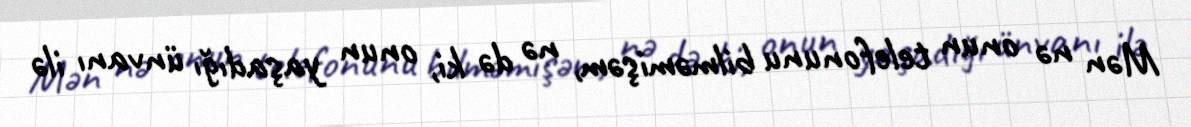
Mən nə onun telefonunu bilməmişəm, nə də ki, onun yaşadığı ünvanı ilə